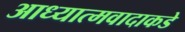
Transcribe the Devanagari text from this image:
आध्यात्मवादाकडे